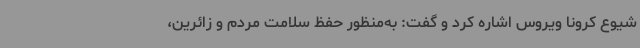
شیوع کرونا ویروس اشاره کرد و گفت: به‌منظور حفظ سلامت مردم و زائرین،